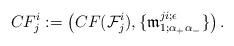
LaTeX: \begin{align*}CF_{j}^{i}:= \left(CF(\mathcal F_{j}^{i}),\{\frak m^{ji;\epsilon}_{1;\alpha_+\alpha_-}\}\right).\end{align*}